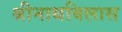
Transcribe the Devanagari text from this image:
श्रीनाथबिलास